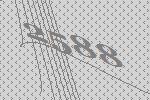
2588